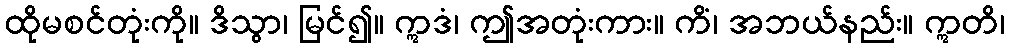
ထိုမစင်တုံးကို။ ဒိသွာ၊ မြင်၍။ ဣဒံ၊ ဤအတုံးကား။ ကိံ၊ အဘယ်နည်း။ ဣတိ၊